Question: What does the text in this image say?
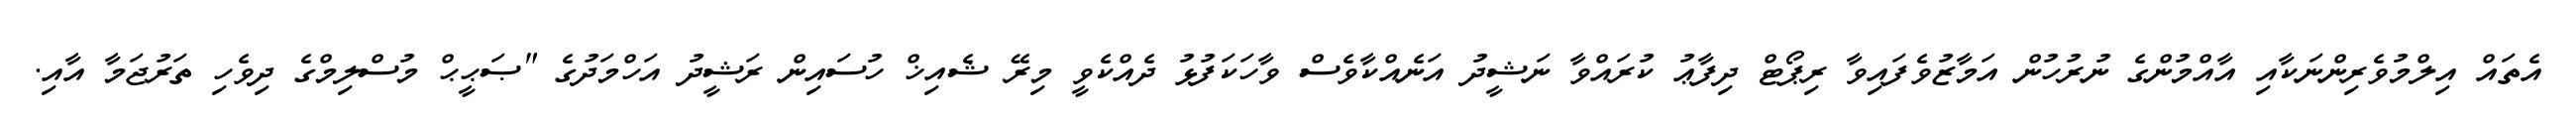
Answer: އެތައް އިލްމުވެރިންނަކާއި އާއްމުންގެ ނުރުހުން އަމާޒުވެފައިވާ ރިޕޯޓް ދިފާޢު ކުރައްވާ ނަޝީދު އަނެއްކާވެސް ވާހަކަފުޅު ދެއްކެވީ މިރޭ ޝެއިޚް ހުސައިން ރަޝީދު އަހްމަދުގެ "ޞަޙީޙް މުސްލިމްގެ ދިވެހި ތަރުޖަމާ އާއި.